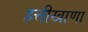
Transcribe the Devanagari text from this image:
हत्तीखाणा